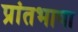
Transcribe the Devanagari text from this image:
प्रांतभाषा